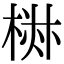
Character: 𣓙